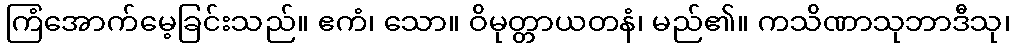
ကြံအောက်မေ့ခြင်းသည်။ ဧကံ၊ သော။ ဝိမုတ္တာယတနံ၊ မည်၏။ ကသိဏာသုဘာဒီသု၊